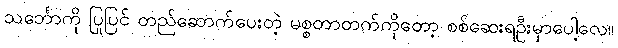
သင်္ဘောကို ပြုပြင် တည်ဆောက်ပေးတဲ့ မစ္စတာတက်ကိုတော့ စစ်ဆေးရဦးမှာပေါ့လေ။